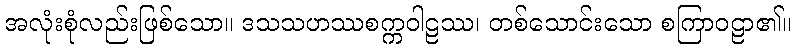
အလုံးစုံလည်းဖြစ်သော။ ဒသသဟဿစက္ကဝါဠဿ၊ တစ်သောင်းသော စကြာဝဠာ၏။